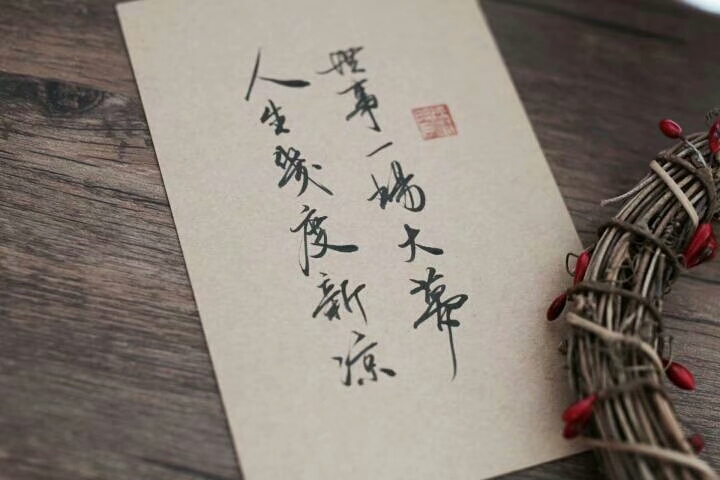
用舍由时，行藏在我，袖手何妨闲处看。